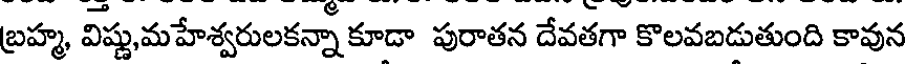
బ్రహ్మ, విష్ణ,మహేశ్వరులకన్నా కూడా పురాతన దేవతగా కొలవబడుతుంది కావున